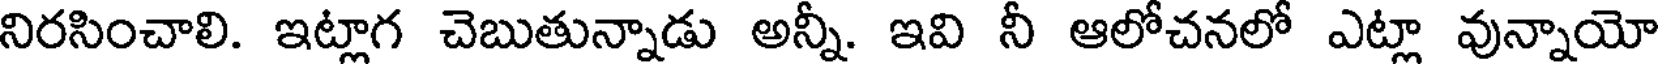
నిరసించాలి. ఇట్లాగ చెబుతున్నాడు అన్నీ. ఇవి నీ ఆలోచనలో ఎట్లా వున్నాయో